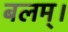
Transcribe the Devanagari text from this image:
बलम्।